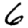
Digit: 6